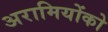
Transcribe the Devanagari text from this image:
अरामियोंको